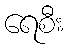
ရေစီး